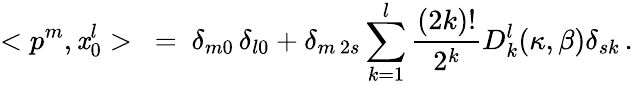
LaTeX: <p^{m},\mathit{x}_{0}^{l}>\ =\ \delta_{m0}\, \delta_{l0}+\delta_{m\, 2s}\sum_{k=1}^{l}\frac{{(2k)!}}{{2^{k}}}D_{k}^{l}(\kappa,\beta)\delta_{sk}\, .